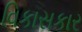
વિકાસકાર